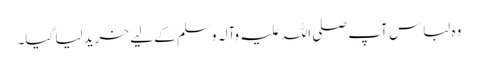
وہ لباس آپ صلی اللہ علیہ وآلہ وسلم کے لیے خرید لیا گیا۔